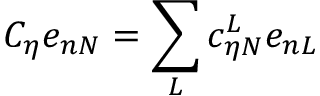
C _ { \eta } e _ { n N } = \sum _ { L } c _ { \eta N } ^ { L } e _ { n L }